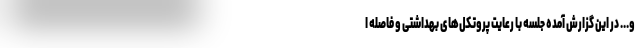
و... در این گزارش آمده جلسه با رعایت پروتکل‌های بهداشتی و فاصله ا